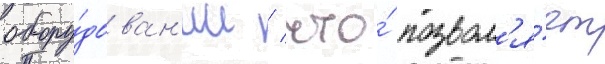
обору́дован'ии / что́ позвол'я́ет